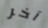
آخر